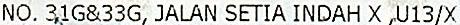
NO. 31G&33G, JALAN SETIA INDAH X ,U13/X